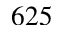
6 2 5